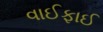
વાઈફાઈ